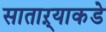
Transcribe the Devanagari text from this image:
साताऱ्याकडे